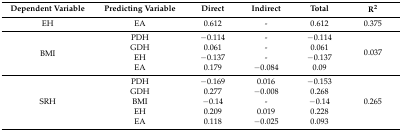
<table><thead><tr><td><b>Dependent Variable</b></td><td><b>Predicting Variable</b></td><td><b>Direct</b></td><td><b>Indirect</b></td><td><b>Total</b></td><td><b>R<sup>2</sup></b></td></tr></thead><tbody><tr><td>EH</td><td>EA</td><td>0.612</td><td>-</td><td>0.612</td><td>0.375</td></tr><tr><td rowspan="4">BMI</td><td>PDH</td><td>−0.114</td><td>-</td><td>−0.114</td><td rowspan="4">0.037</td></tr><tr><td>GDH</td><td>0.061</td><td>-</td><td>0.061</td></tr><tr><td>EH</td><td>−0.137</td><td>-</td><td>−0.137</td></tr><tr><td>EA</td><td>0.179</td><td>−0.084</td><td>0.09</td></tr><tr><td rowspan="5">SRH</td><td>PDH</td><td>−0.169</td><td>0.016</td><td>−0.153</td><td rowspan="5">0.265</td></tr><tr><td>GDH</td><td>0.277</td><td>−0.008</td><td>0.268</td></tr><tr><td>BMI</td><td>−0.14</td><td>-</td><td>−0.14</td></tr><tr><td>EH</td><td>0.209</td><td>0.019</td><td>0.228</td></tr><tr><td>EA</td><td>0.118</td><td>−0.025</td><td>0.093</td></tr></tbody></table>